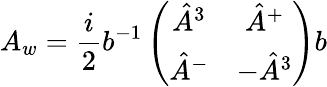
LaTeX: A_{w}={\frac{i}{2}}b^{-1}\left(\begin{array}{cc}{{\hat{A}^{3}}}&{{\hat{A}^{+}}}\\ {{\hat{A}^{-}}}&{{-\hat{A}^{3}}}\end{array}\right)b